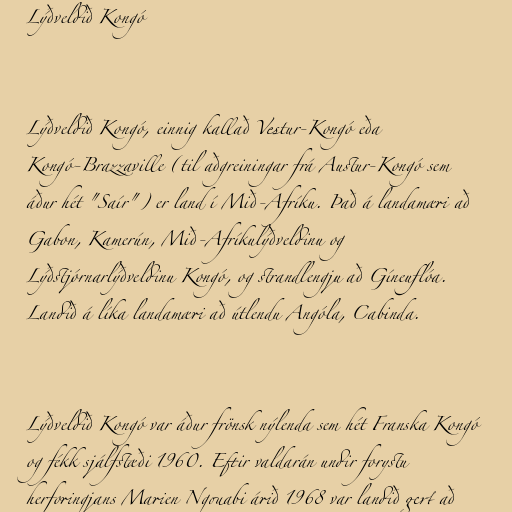
Lýðveldið Kongó

Lýðveldið Kongó, einnig kallað Vestur-Kongó eða
Kongó-Brazzaville (til aðgreiningar frá Austur-Kongó sem
áður hét "Saír") er land í Mið-Afríku. Það á landamæri að
Gabon, Kamerún, Mið-Afríkulýðveldinu og
Lýðstjórnarlýðveldinu Kongó, og strandlengju að Gíneuflóa.
Landið á líka landamæri að útlendu Angóla, Cabinda.

Lýðveldið Kongó var áður frönsk nýlenda sem hét Franska Kongó
og fékk sjálfstæði 1960. Eftir valdarán undir forystu
herforingjans Marien Ngouabi árið 1968 var landið gert að